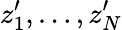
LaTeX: z_{1}^{\prime},\dots,z_{N}^{\prime}